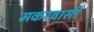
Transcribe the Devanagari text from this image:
मकरवासी